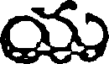
యు